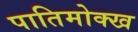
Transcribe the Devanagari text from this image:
पातिमोक्ख